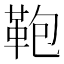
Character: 鞄